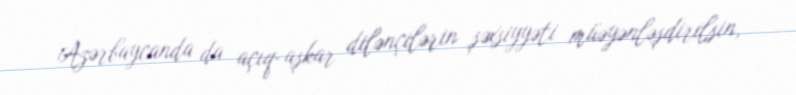
Azərbaycanda da açıq-aşkar dilənçilərin şəxsiyyəti müəyənləşdirilsin,